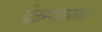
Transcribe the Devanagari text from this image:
प्रोक्तम्महापातक